Annual report on the working of the mental hospitals in the Madras Presidency - 1912-1932
Year: 1912
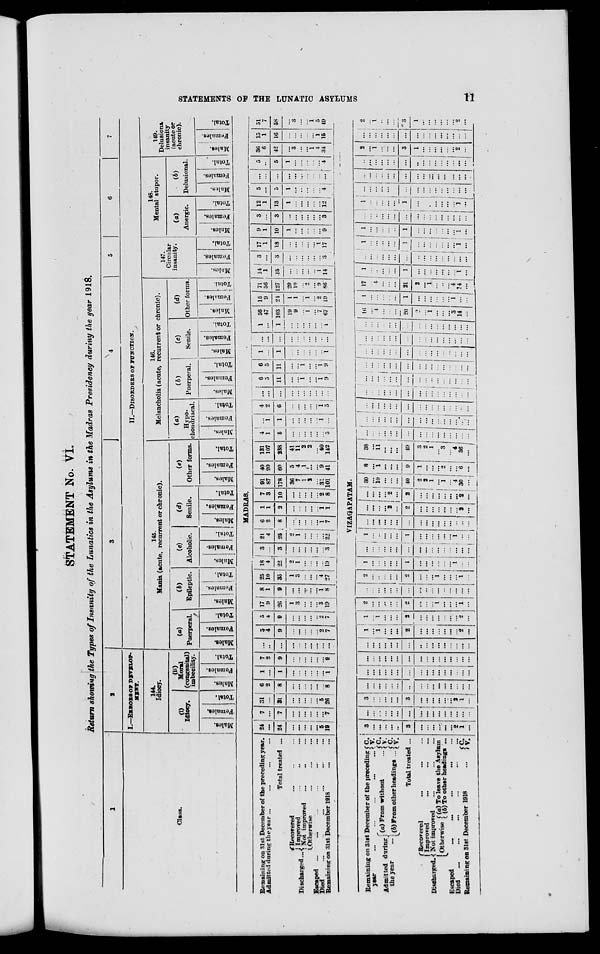
STATEMENTS OF THE LUNATIC ASYLUMS
11
STATEMENT No. VI.
Return showing the Types of Insanity of the Lunatics in the Asylums in the Madras Presidency during the year 1918.
1
Class.
2
I.—ERRORS OF DELELOP-
MENT.
144.
Idiocy.
(i)
Idiocy.
Males.
Females.
Total.
(ii)
Moral
(congenital)
imbecility.
Males.
Females.
Total.
3
4
5
6
7
II.—DISORDERS OF FUNCTION.
145.
Mania (acute, recurrent or chronic).
(a)
Puerperal.
Males.
Females.
Total.
(b)
Epileptic.
Males.
Females.
Total.
(c)
Alcoholic.
Males.
Females.
Total.
(d)
Senile.
Males.
Females.
Total.
(e)
Other forms.
Males.
Females.
Total.
146.
Melancholia (acute, recurrent or chronic).
(a)
Hypo-
chondriacal.
Males.
Females.
Total.
(b)
Puerperal.
Males.
Females.
Total.
(c)
Senile.
Males.
Females.
Total.
(d)
Other forms.
Males.
Females.
Total.
147.
Circular
insanity.
Males.
Females.
Total.
148.
Mental stupor.
(a)
Anergic.
Males.
Females.
Total.
(b)
Delusional.
Males.
Females.
Total.
149.
Delusional
insanity
(acute or
chronic).
Males.
Females.
Total.
MADRAS.
Remaining on 31st December of the preceding year.
Admitted during the year ... ... ... ...
Total treated ...
Discharged ...
Recovered ... ... ...
Improved ... ... ...
Not improved ... ... ...
Otherwise ... ... ...
Escaped
...
...
...
...
...
...
Died ... ... ... ... ... ...
Remaining
on
31st December 1918 ... ...
24
...
24
...
...
...
...
...
5
19
7
...
7
...
...
...
...
...
...
7
31
...
31
...
...
...
...
...
5 26
6
2
8
...
...
...
...
...
...
8
1
...
1
...
...
...
...
...
...
1
7
2
9
...
...
...
...
...
... 9
...
...
...
...
...
...
...
...
...
...
5
4
9
...
...
...
...
...
2
7
5
4
9
...
...
...
...
...
2
7
17
9
26
1
3
...
...
...
3
19
8
1
9
...
...
...
...
...
1
8
25
10
35
1
3
...
...
... 4
27
18
4
22
2
1
...
...
...
...
19
3
...
3
...
...
...
...
...
...
3
21
4
25
2
1
...
...
...
...
22
6
2
8
...
...
...
...
...
1
7
1
1
2
...
...
...
...
...
1
1
7
3
10
...
...
...
...
...
2
8
91
87
178
36
7
1
2
...
31
101
40
20
60
5
4
1
...
...
9
41
131
107
238
41
11
2
2
2
40
142
4
1
5
...
...
...
...
...
...
5
...
1
1
...
...
...
...
...
1
...
4
2
6
...
...
...
...
...
1
5
...
...
...
...
...
...
...
...
...
...
6
5
11
...
...
1
...
...
1
9
6
5
11
...
...
1
1
...
1
9
1
...
1
...
...
...
...
...
...
1
...
...
...
...
...
...
...
...
...
...
1
...
1
...
...
...
...
...
...
1
56
47
103
19
9
...
1
...
7
67
15
9
24
1
1
...
1
...
2
19
71
56
127
20
10
...
2
...
9
86
14
1
15
...
...
...
...
...
1
14
3
...
3
...
...
...
...
...
...
3
17
1
18
...
...
...
...
...
1
17
9
1
10
1
...
...
...
...
...
9
3
...
3
...
...
...
...
...
...
3
12
1
13
1
...
...
...
...
...
12
5
...
5
1
...
...
...
...
...
4
...
...
...
...
...
...
...
...
...
...
5
...
5
1
...
...
...
...
...
4
36
6
42
...
3
...
...
1
4
34
15
1
16
...
...
...
...
...
1
15
51
7
58
...
3
...
...
1
5
49
VIZAGAPATAM.
Remaining on 31st December of the preceding
year ... ...
...
...
...
Admitted during
the year
...
(a) From without ...
(b) From other headings ...
C.
V.
C.
V.
C.
V.
Total treated ...
Discharged.
Recovered ... ... ...
Improved ... ... ...
Not improved ... ... ...
Otherwise
(a) To leave the Asylum
(b) To other headings ...
Escaped ... ... ... ... ...
Died
... ... ... ... ... ...
Remaining on 31st December 1918 ...
C.
V.
3
...
...
...
...
...
3
...
...
...
...
...
...
2
1
...
...
...
...
...
...
...
...
...
...
...
...
...
...
...
...
...
3
...
...
...
...
...
3
...
...
...
...
...
...
2
1
...
...
...
...
...
...
...
...
...
...
...
...
...
...
...
...
...
...
...
...
...
...
...
...
...
...
...
...
...
...
...
...
...
...
...
...
...
...
...
...
...
...
...
...
...
...
...
...
...
...
...
...
...
...
...
...
...
...
...
...
...
...
...
...
...
1
...
1
...
...
...
2
...
...
...
...
...
...
...
2
...
1
...
1 ...
...
...
2
...
...
...
...
...
...
...
2
...
2
...
...
...
...
...
2
...
...
...
1
...
...
...
1
...
...
...
...
...
...
...
...
...
...
...
...
...
...
...
...
...
2
...
...
...
...
...
2
...
...
...
1
...
...
...
1
...
1
...
...
...
...
...
1
...
...
...
...
...
...
1
...
...
...
...
...
...
...
...
...
...
...
...
...
...
...
...
...
...
1
...
...
...
...
...
1
...
...
...
...
...
...
1
...
...
...
...
...
...
...
...
...
...
...
...
...
...
...
...
...
...
...
...
...
...
2
...
2
...
...
...
...
...
...
...
2
...
...
...
...
...
2
...
2
...
...
...
...
...
...
...
2
...
30
...
10
...
...
...
40
2
2
1
...
1
...
4
30
...
8
...
1
...
...
...
9
1
...
...
...
2
...
...
6
...
38
...
11
...
...
...
49
3
2
1
...
3
...
4
36
...
...
...
...
...
...
...
...
...
...
...
...
...
...
...
...
...
...
...
...
...
...
...
...
...
...
...
...
...
...
...
...
...
...
...
...
...
...
...
...
...
...
...
...
...
...
...
...
...
...
...
...
...
...
...
...
...
...
...
... ...
...
...
...
...
...
...
...
...
...
...
...
...
...
...
...
...
...
...
...
...
...
...
...
...
...
...
...
...
...
...
...
...
...
...
...
...
...
...
...
...
...
...
...
...
...
...
...
...
...
...
...
...
...
...
...
...
...
...
...
...
...
...
...
...
...
...
...
...
...
...
...
...
...
...
...
...
...
...
...
...
...
...
...
...
16
...
4
...
...
...
20
2
...
1
...
...
...
3
14
...
1
...
...
...
...
...
1
...
...
...
...
...
...
1
...
...
17
...
4
...
...
...
21
2
...
1
...
...
...
4
14
...
1
...
...
...
...
...
1
...
...
...
...
...
...
... 1
...
...
...
...
...
...
...
...
...
...
...
...
...
...
...
...
...
1
...
...
...
...
...
1
...
...
...
...
...
...
...
1
...
1
...
...
...
...
...
1
...
...
...
...
...
...
...
1
...
...
...
...
...
...
...
...
...
...
...
...
...
...
...
...
...
1
...
... ...
...
...
1
...
...
...
...
...
...
...
1
...
...
...
...
...
...
...
...
...
...
...
...
...
...
...
...
...
...
...
...
...
...
...
...
...
...
...
...
...
...
...
...
...
...
...
...
...
...
...
...
...
...
...
...
...
...
...
...
...
2
...
1
...
...
...
3
1
...
...
...
...
...
...
2
...
...
...
...
...
...
...
...
...
...
...
...
...
...
...
...
...
2
...
1
...
...
...
3
1
...
...
...
...
...
...
2
...